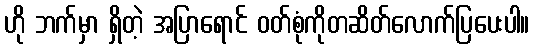
ဟို ဘက်မှာ ရှိတဲ့ အပြာရောင် ဝတ်စုံကိုတဆိတ်လောက်ပြပေးပါ။